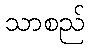
သာစည်